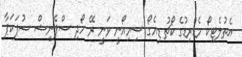
އެތުލެޓިކޯ މެޑްރިޑުގެ ކޯޗު ޑިއެގޯ ސިމިއޯނީ ވަނީ ރޭ ހޯދި ސްޕެނިޝް ސުޕަކަޕާ